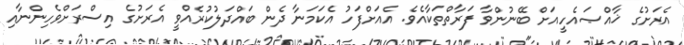
އެރަށުގެ ޚާއްޞައެހީއަށް ބޭނުންވާ ފަރާތްތަކާއެވެ. އެއަށްފަހު އެކަމަނާ ދެން ބައްދަލުކުރެއްވީ އެރަށުގެ އިސްރަށްވެހިންނާއި